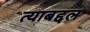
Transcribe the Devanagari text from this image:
त्‍याबद्दल